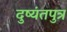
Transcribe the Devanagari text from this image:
दुष्यंतपुत्र